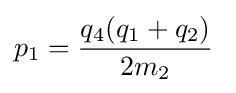
p_{1}={\frac {q_{4}(q_{1}+q_{2})}{2m_{2}}}\